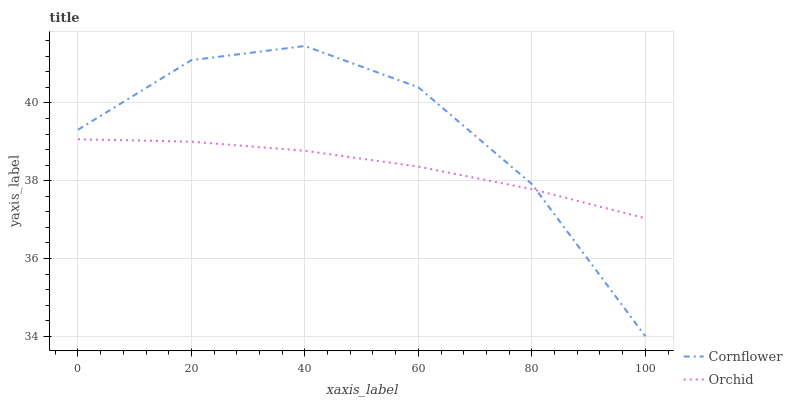
| xaxis_label | Cornflower | Orchid |
 | --- | --- | --- |
 | 0 | 39.3 | 39.1 |
 | 20 | 41.1 | 39 |
 | 40 | 41.5 | 38.8 |
 | 60 | 40.4 | 38.4 |
 | 80 | 37.9 | 37.8 |
 | 100 | 34 | 37 |